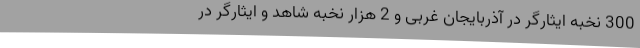
300 نخبه ایثارگر در آذربایجان غربی و 2 هزار نخبه شاهد و ایثارگر در